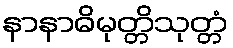
နာနာဓိမုတ္တိသုတ္တံ